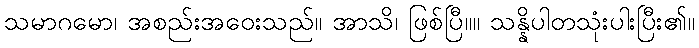
သမာဂမော၊ အစည်းအဝေးသည်။ အာသိ၊ ဖြစ်ပြီ။။ သန္နိပါတသုံးပါးပြီး၏။